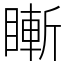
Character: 䁪